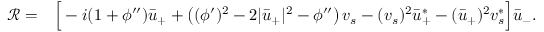
\begin{array} { r l } { { \mathcal { R } } = } & { \Big [ - i ( 1 + \phi ^ { \prime \prime } ) \bar { u } _ { + } + \left( ( \phi ^ { \prime } ) ^ { 2 } - 2 | \bar { u } _ { + } | ^ { 2 } - \phi ^ { \prime \prime } \right) v _ { s } - ( v _ { s } ) ^ { 2 } \bar { u } _ { + } ^ { * } - ( \bar { u } _ { + } ) ^ { 2 } v _ { s } ^ { * } \Big ] \bar { u } _ { - } . } \end{array}